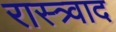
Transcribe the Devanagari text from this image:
रास्त्र्वाद